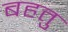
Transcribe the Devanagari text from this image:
बहतु